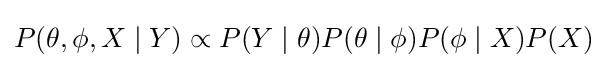
P(\theta ,\phi ,X\mid Y)\propto P(Y\mid \theta )P(\theta \mid \phi )P(\phi \mid X)P(X)